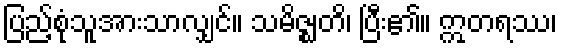
ပြည့်စုံသူအားသာလျှင်။ သမိဇ္ဈတိ၊ ပြီး၏။ ဣတရဿ၊